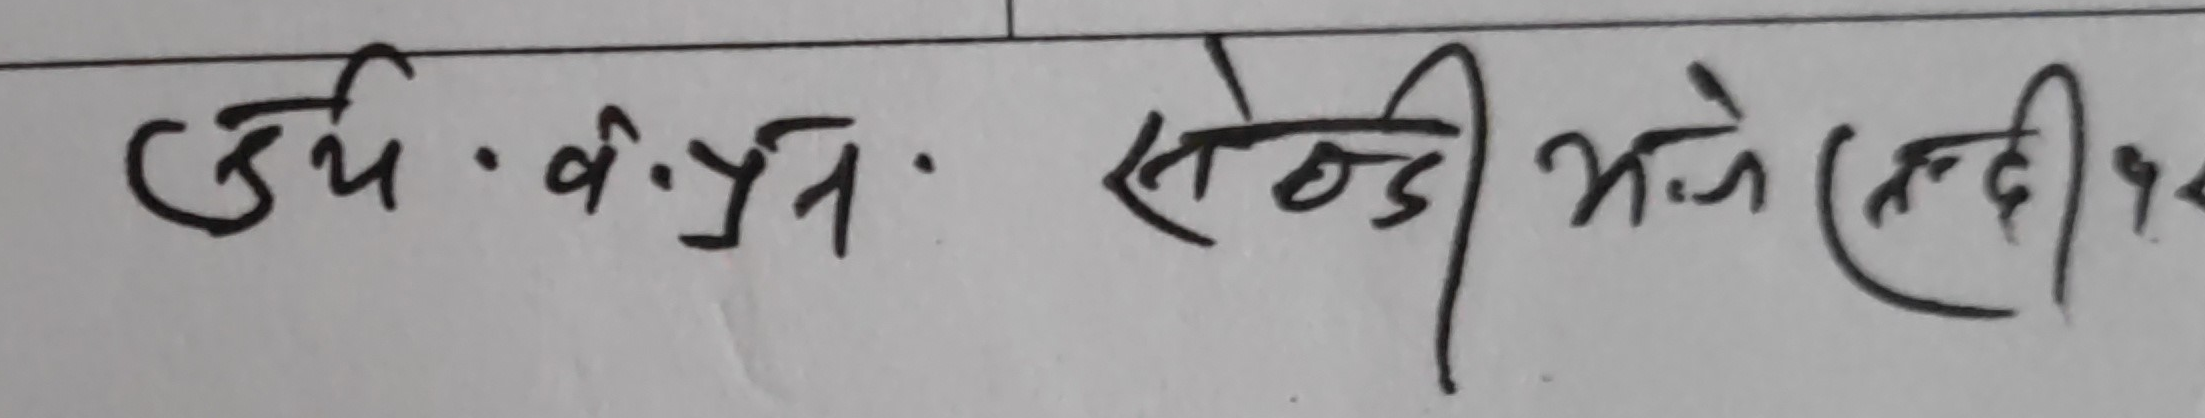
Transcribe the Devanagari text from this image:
ऊर्ध्वं.वा.यंत्र. सेन्डी भजे (लद्दी) १